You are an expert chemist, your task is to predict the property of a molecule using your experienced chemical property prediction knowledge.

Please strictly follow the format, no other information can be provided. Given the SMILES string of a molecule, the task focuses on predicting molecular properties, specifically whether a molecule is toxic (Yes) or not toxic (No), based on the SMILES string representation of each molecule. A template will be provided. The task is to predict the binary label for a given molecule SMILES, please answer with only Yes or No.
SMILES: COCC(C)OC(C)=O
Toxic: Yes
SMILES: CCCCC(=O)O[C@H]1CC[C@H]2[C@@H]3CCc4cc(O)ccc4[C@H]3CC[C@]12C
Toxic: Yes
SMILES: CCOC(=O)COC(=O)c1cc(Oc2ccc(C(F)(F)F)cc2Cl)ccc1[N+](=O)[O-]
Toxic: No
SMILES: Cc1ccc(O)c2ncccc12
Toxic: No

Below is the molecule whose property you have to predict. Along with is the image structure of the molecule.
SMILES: O=C(O)c1cc(O)c(O)c(O)c1
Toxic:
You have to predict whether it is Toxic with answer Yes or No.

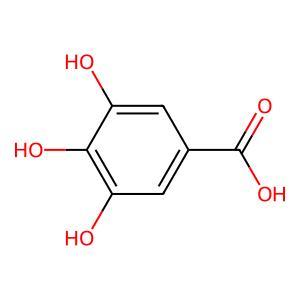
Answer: No